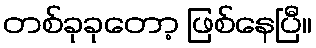
တစ်ခုခုတော့ ဖြစ်နေပြီ။